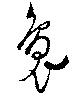
裊